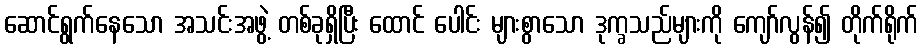
ဆောင်ရွက်နေသော အသင်းအဖွဲ့ တစ်ခုရှိပြီး ထောင် ပေါင်း များစွာသော ဒုက္ခသည်များကို ကျော်လွန်၍ တိုက်ရိုက်